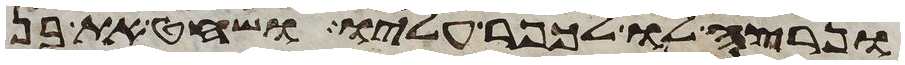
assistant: ונרצה לו לכפר עליו ושחט את בן